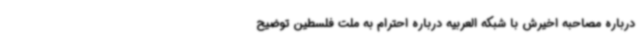
درباره مصاحبه‌ اخیرش با شبکه العربیه درباره احترام به ملت فلسطین توضیح